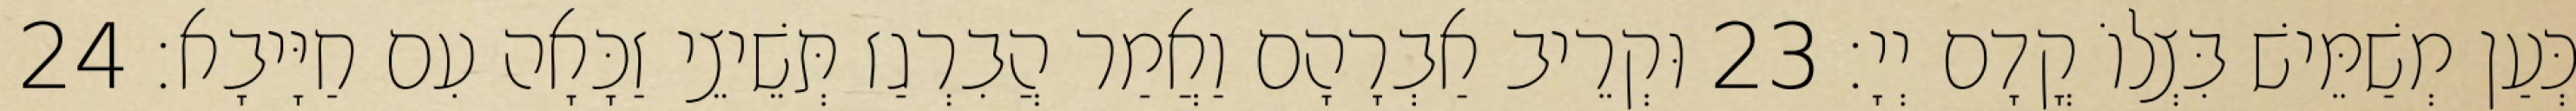
כְּעַן מְשַׁמֵּישׁ בִּצְלוֹ קֳדָם יְיָ׃ 23 וּקְרֵיב אַבְרָהָם וַאֲמַר הֲבִרְגַז תְּשֵׁיצֵי זַכָּאָה עִם חַיָּיבָא׃ 24